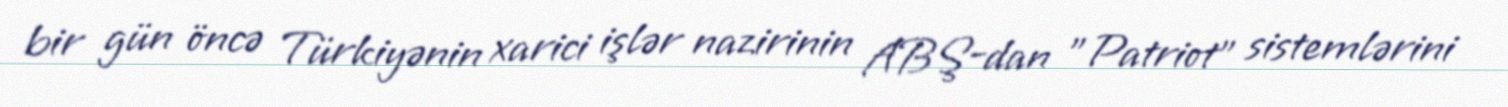
bir gün öncə Türkiyənin xarici işlər nazirinin ABŞ-dan ”Patriot" sistemlərini